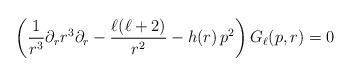
LaTeX: \begin{align*}\left(\frac{1}{r^3}\partial_r r^3\partial_r -\frac{\ell (\ell +2)}{r^2}-h(r)\,p^2 \right) G_\ell (p, r) =0\end{align*}